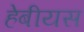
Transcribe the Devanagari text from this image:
हेबीयस